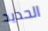
الحديد